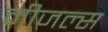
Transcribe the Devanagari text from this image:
मीजल्स